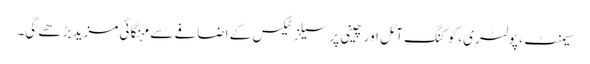
سیمنٹ، پولٹری،کوکنگ آئل اور چینی پر سیلز ٹیکس کے اضافے سے مہنگائی مزید بڑھے گی۔